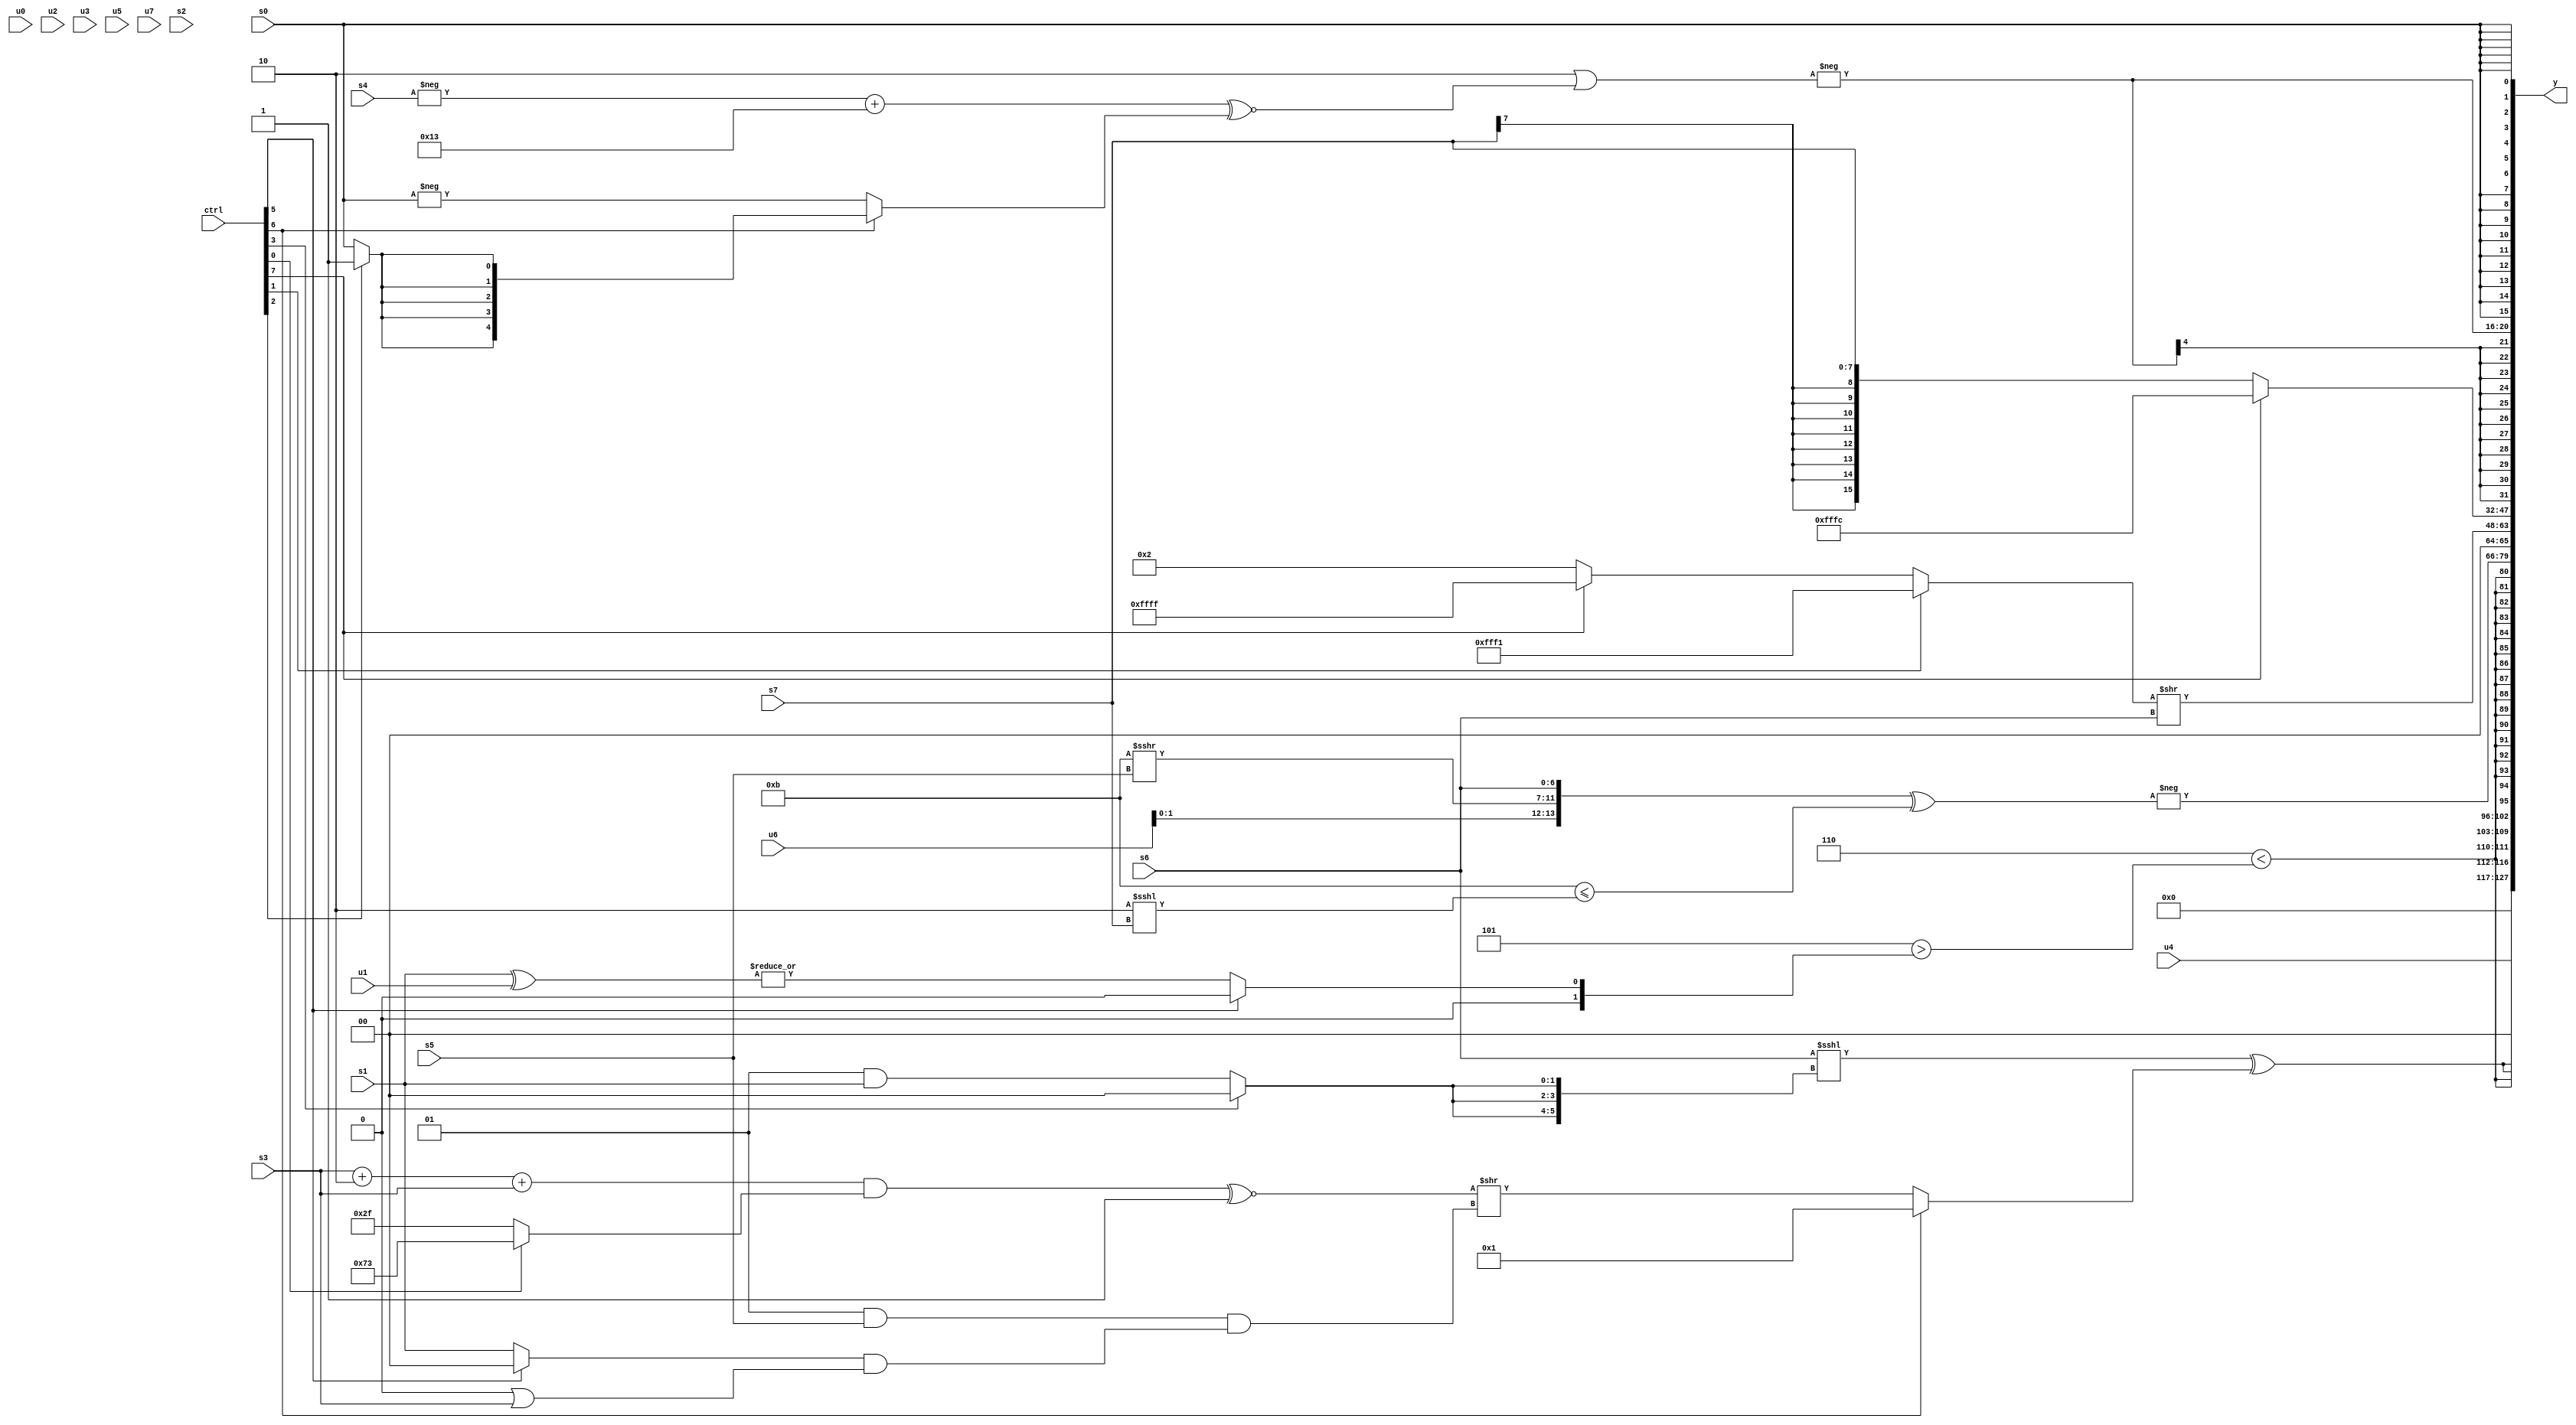
module wideexpr_00301(ctrl, u0, u1, u2, u3, u4, u5, u6, u7, s0, s1, s2, s3, s4, s5, s6, s7, y);
  input [7:0] ctrl;
  input [0:0] u0;
  input [1:0] u1;
  input [2:0] u2;
  input [3:0] u3;
  input [4:0] u4;
  input [5:0] u5;
  input [6:0] u6;
  input [7:0] u7;
  input signed [0:0] s0;
  input signed [1:0] s1;
  input signed [2:0] s2;
  input signed [3:0] s3;
  input signed [4:0] s4;
  input signed [5:0] s5;
  input signed [6:0] s6;
  input signed [7:0] s7;
  output [127:0] y;
  wire [15:0] y0;
  wire [15:0] y1;
  wire [15:0] y2;
  wire [15:0] y3;
  wire [15:0] y4;
  wire [15:0] y5;
  wire [15:0] y6;
  wire [15:0] y7;
  assign y = {y0,y1,y2,y3,y4,y5,y6,y7};
  assign y0 = u4;
  assign y1 = {2{((s6)<<<({3{$unsigned((ctrl[3]?($signed(2'sb11))<<({4{2'sb01}}):(2'sb01)&(s1)))}}))^((ctrl[6]?3'sb001:(((((s3)+(2'sb10))+(s3))&((ctrl[0]?-(4'sb1101):+(6'b101111))))^~((-((5'b11001)<<(4'sb0101)))>>>($unsigned(3'b110))))>>($unsigned(((2'sb01)&((s5)<<<(3'sb000)))&(((ctrl[5]?1'sb0:s1))&((1'sb0)|(s3)))))))}};
  assign y2 = $signed((6'b000110)<((3'sb101)>($signed((ctrl[5]?{1{((2'sb11)<<<(3'sb010))>>>(2'sb10)}}:|({4{(s1)^(u1)}}))))));
  assign y3 = ($signed(-(($signed({+(s1),u6,(5'sb11011)>>>(s5),$signed(s6)}))^($signed(({1{4'sb1011}})<=((2'b10)<<<(s7)))))))<<(6'sb000010);
  assign y4 = ((ctrl[1]?5'sb10001:(ctrl[7]?1'sb1:$signed(+(3'sb010)))))>>(s6);
  assign y5 = (ctrl[7]?$signed(3'sb100):s7);
  assign y6 = $signed(-($signed((4'sb1110)|(((-(s4))+(+(5'sb10011)))^~((ctrl[6]?(ctrl[2]?1'sb1:s0):-(s0)))))));
  assign y7 = s0;
endmodule